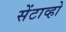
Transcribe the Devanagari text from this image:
सेंटाव्हो